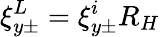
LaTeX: \xi_{y\pm}^{L}=\xi_{y\pm}^{i}R_{H}